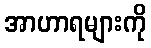
အာဟာရများကို